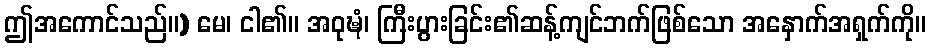
ဤအကောင်သည်။) မေ၊ ငါ၏။ အဝုဍ္ဎံ၊ ကြီးပွားခြင်း၏ဆန့်ကျင်ဘက်ဖြစ်သော အနှောက်အရှက်ကို။